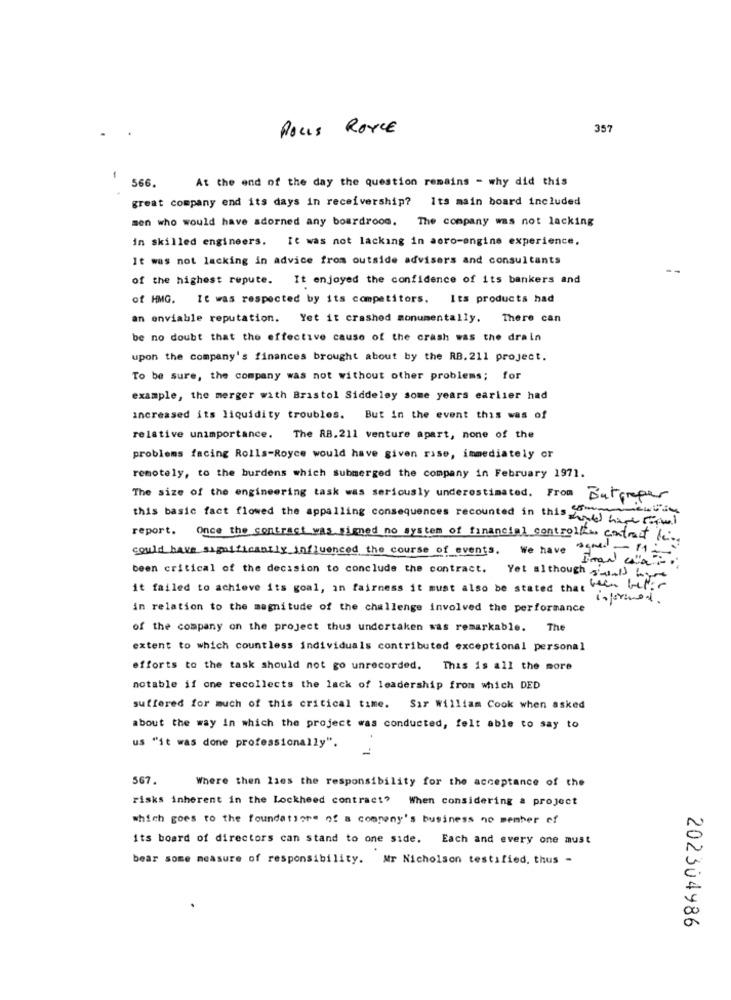
ROLLS ROYCE
357
566
At the end of the day the question remains - why did this
great company end its days in receivership? Its main board included
men who would have adorned any boardroom. The company was not lacking
in skilled engineers. It was not lacking in acro-engine experience.
It was not lacking in advice from outside advisers and consultants
of the highest repute. It enjoyed the confidence of its bankers and
of HMG. It was respected by its competitors. Its products had
an enviable reputation. Yet it crashed monumentally.
There can
be no doubt that the effective cause of the crash was the drain
upon the company's finances brought about by the RB. 211 project.
To be sure, the company was not without other problems; for
example, the merger with Bristol Siddeley some years earlier had
Increased its liquidity troubles. But in the event this was of
relative unimportance.
The RB. 211 venture apart, none of the
problems facing Rolls-Royce would have given rase, immediately or
remotely, to the burdens which submerged the company in February 1971.
The size of the engineering task was seriously underestimated. From Butgreper
this basic fact flowed the appalling consequences recounted in this
mmentin
thank have Formal
report. Once the contract was signed no system of financial controlk. contract det.
could have significantly influenced the course of events.
We have agred - 1
Iman who
been critical of the decision to conclude the contract.
Yet although still here
it failed to achieve its goal, in fairness it must also be stated that he beter
informed.
in relation to the magnitude of the challenge involved the performance
of the company on the project thus undertaken was remarkable. The
extent to which countless individuals contributed exceptional personal
efforts to the task should not go unrecorded. This is all the more
notable if one recollects the lack of leadership from which DED
suffered for much of this critical time. Sir William Cook when asked
about the way in which the project was conducted, felt able to say to
us "it was done professionally".
567.
Where then lies the responsibility for the acceptance of the
risks inherent in the Lockheed contract? When considering a project
which goes to the foundations of a company's business no member of
its board of directors can stand to one side. Each and every one must
bear some measure of responsibility. Mr Nicholson testified, thus -
202304986